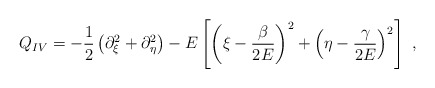
\begin{align*}Q_{IV}=-\frac{1}{2}\left( \partial _{\xi }^{2}+\partial _{\eta }^{2}\right)-E\left[ \left( \xi -\frac{\beta }{2E}\right) ^{2}+\left( \eta -\frac{\gamma}{2E}\right) ^{2}\right] \ , \end{align*}